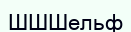
ШШШельф